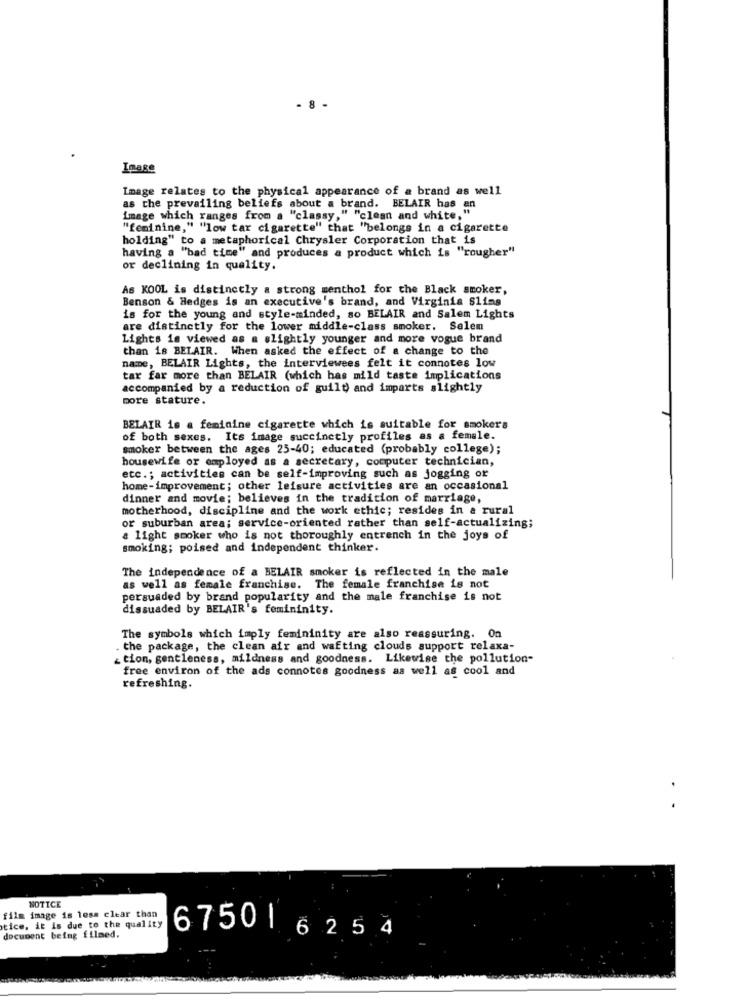
- 8
Image
Image relates to the physical appearance of a brand as well
as the prevailing beliefs about a brand. BELAIR has an
image which ranges from a "classy," "clean and white, "
"feminine," "low tar cigarette" that "belongs in a cigarette
holding" to a metaphorical Chrysler Corporation that is
having a "bad time" and produces a product which is "rougher"
or declining in quality.
As KOOL is distinctly a strong menthol for the Black smoker,
Benson & Hedges is an executive's brand, and Virginia Sling
is for the young and style-minded, so BELAIR and Salem Lights
are distinctly for the lower middle-class smoker. Salem
Lights is viewed as a slightly younger and more vogue brand
than 18 BELAIR. When asked the effect of a change to the
name, BELAIR Lights, the interviewees felt it connotes low
tar far more than BELAIR (which has mild taste implications
accompanied by a reduction of guilt and imparts slightly
more stature.
BELAIR is a feminine cigarette which is suitable for smokers
of both sexes. Its image succinctly profiles as a female.
smoker between the ages 25-40; educated (probably college);
housewife or employed as a secretary, computer technician,
etc .; activities can be self-improving such as jogging or
home-improvement; other leisure activities are an occasional
dinner and movie; believes in the tradition of marriage,
motherhood, discipline and the work ethic; resides in a rural
or suburban area; service-oriented rather than self-actualizing;
# light smoker who is not thoroughly entrench in the joys of
smoking; poised and independent thinker.
The independence of a BELAIR smoker is reflected in the male
as well as female franchise. The female franchise is not
persuaded by brand popularity and the male franchise is not
dissuaded by BELAIR's femininity.
The symbols which imply femininity are also reassuring. On
the package, the clean air and wafting clouds support relaxa-
¿tion, gentleness, mildness and goodness. Likewise the pollution-
free environ of the ads connotes goodness as well as cool and
refreshing.
NOTICE
film image is less clear than
tice, it is due to the quality
document being filmed.
67506254